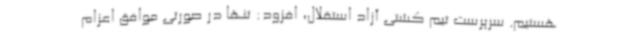
هستیم. سرپرست تیم کشتی آزاد استقلال، افزود: تنها در صورتی موافق اعزام